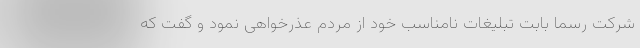
شرکت رسما بابت تبلیغات نامناسب خود از مردم عذرخواهی نمود و گفت که